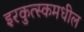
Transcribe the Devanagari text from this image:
इरकुत्स्कमधील